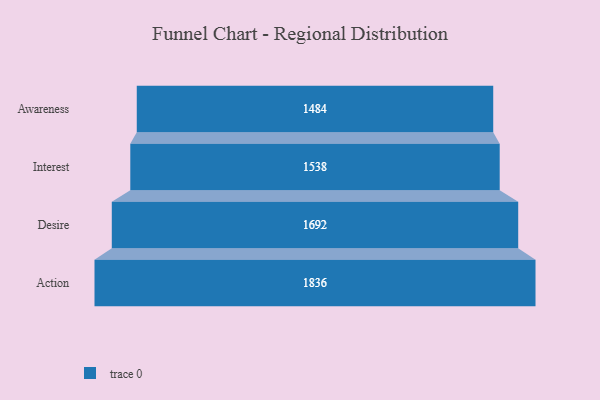
{"axis": {"x": "Stage", "y": "Value"}, "legend": [""], "data": [{"x": "Awareness", "y": 1484.0, "type": ""}, {"x": "Interest", "y": 1538.0, "type": ""}, {"x": "Desire", "y": 1692.0, "type": ""}, {"x": "Action", "y": 1836.0, "type": ""}]}